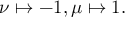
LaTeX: \nu \mapsto - 1 , \mu \mapsto 1 .